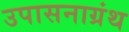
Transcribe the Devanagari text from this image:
उपासनाग्रंथ